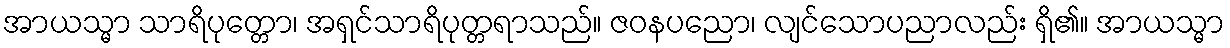
အာယသ္မာ သာရိပုတ္တော၊ အရှင်သာရိပုတ္တရာသည်။ ဇဝနပညော၊ လျင်သောပညာလည်း ရှိ၏။ အာယသ္မာ